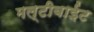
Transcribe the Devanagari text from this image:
मल्टीबाईट